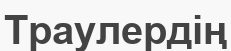
Траулердің